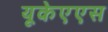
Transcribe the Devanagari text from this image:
यूकेएएस